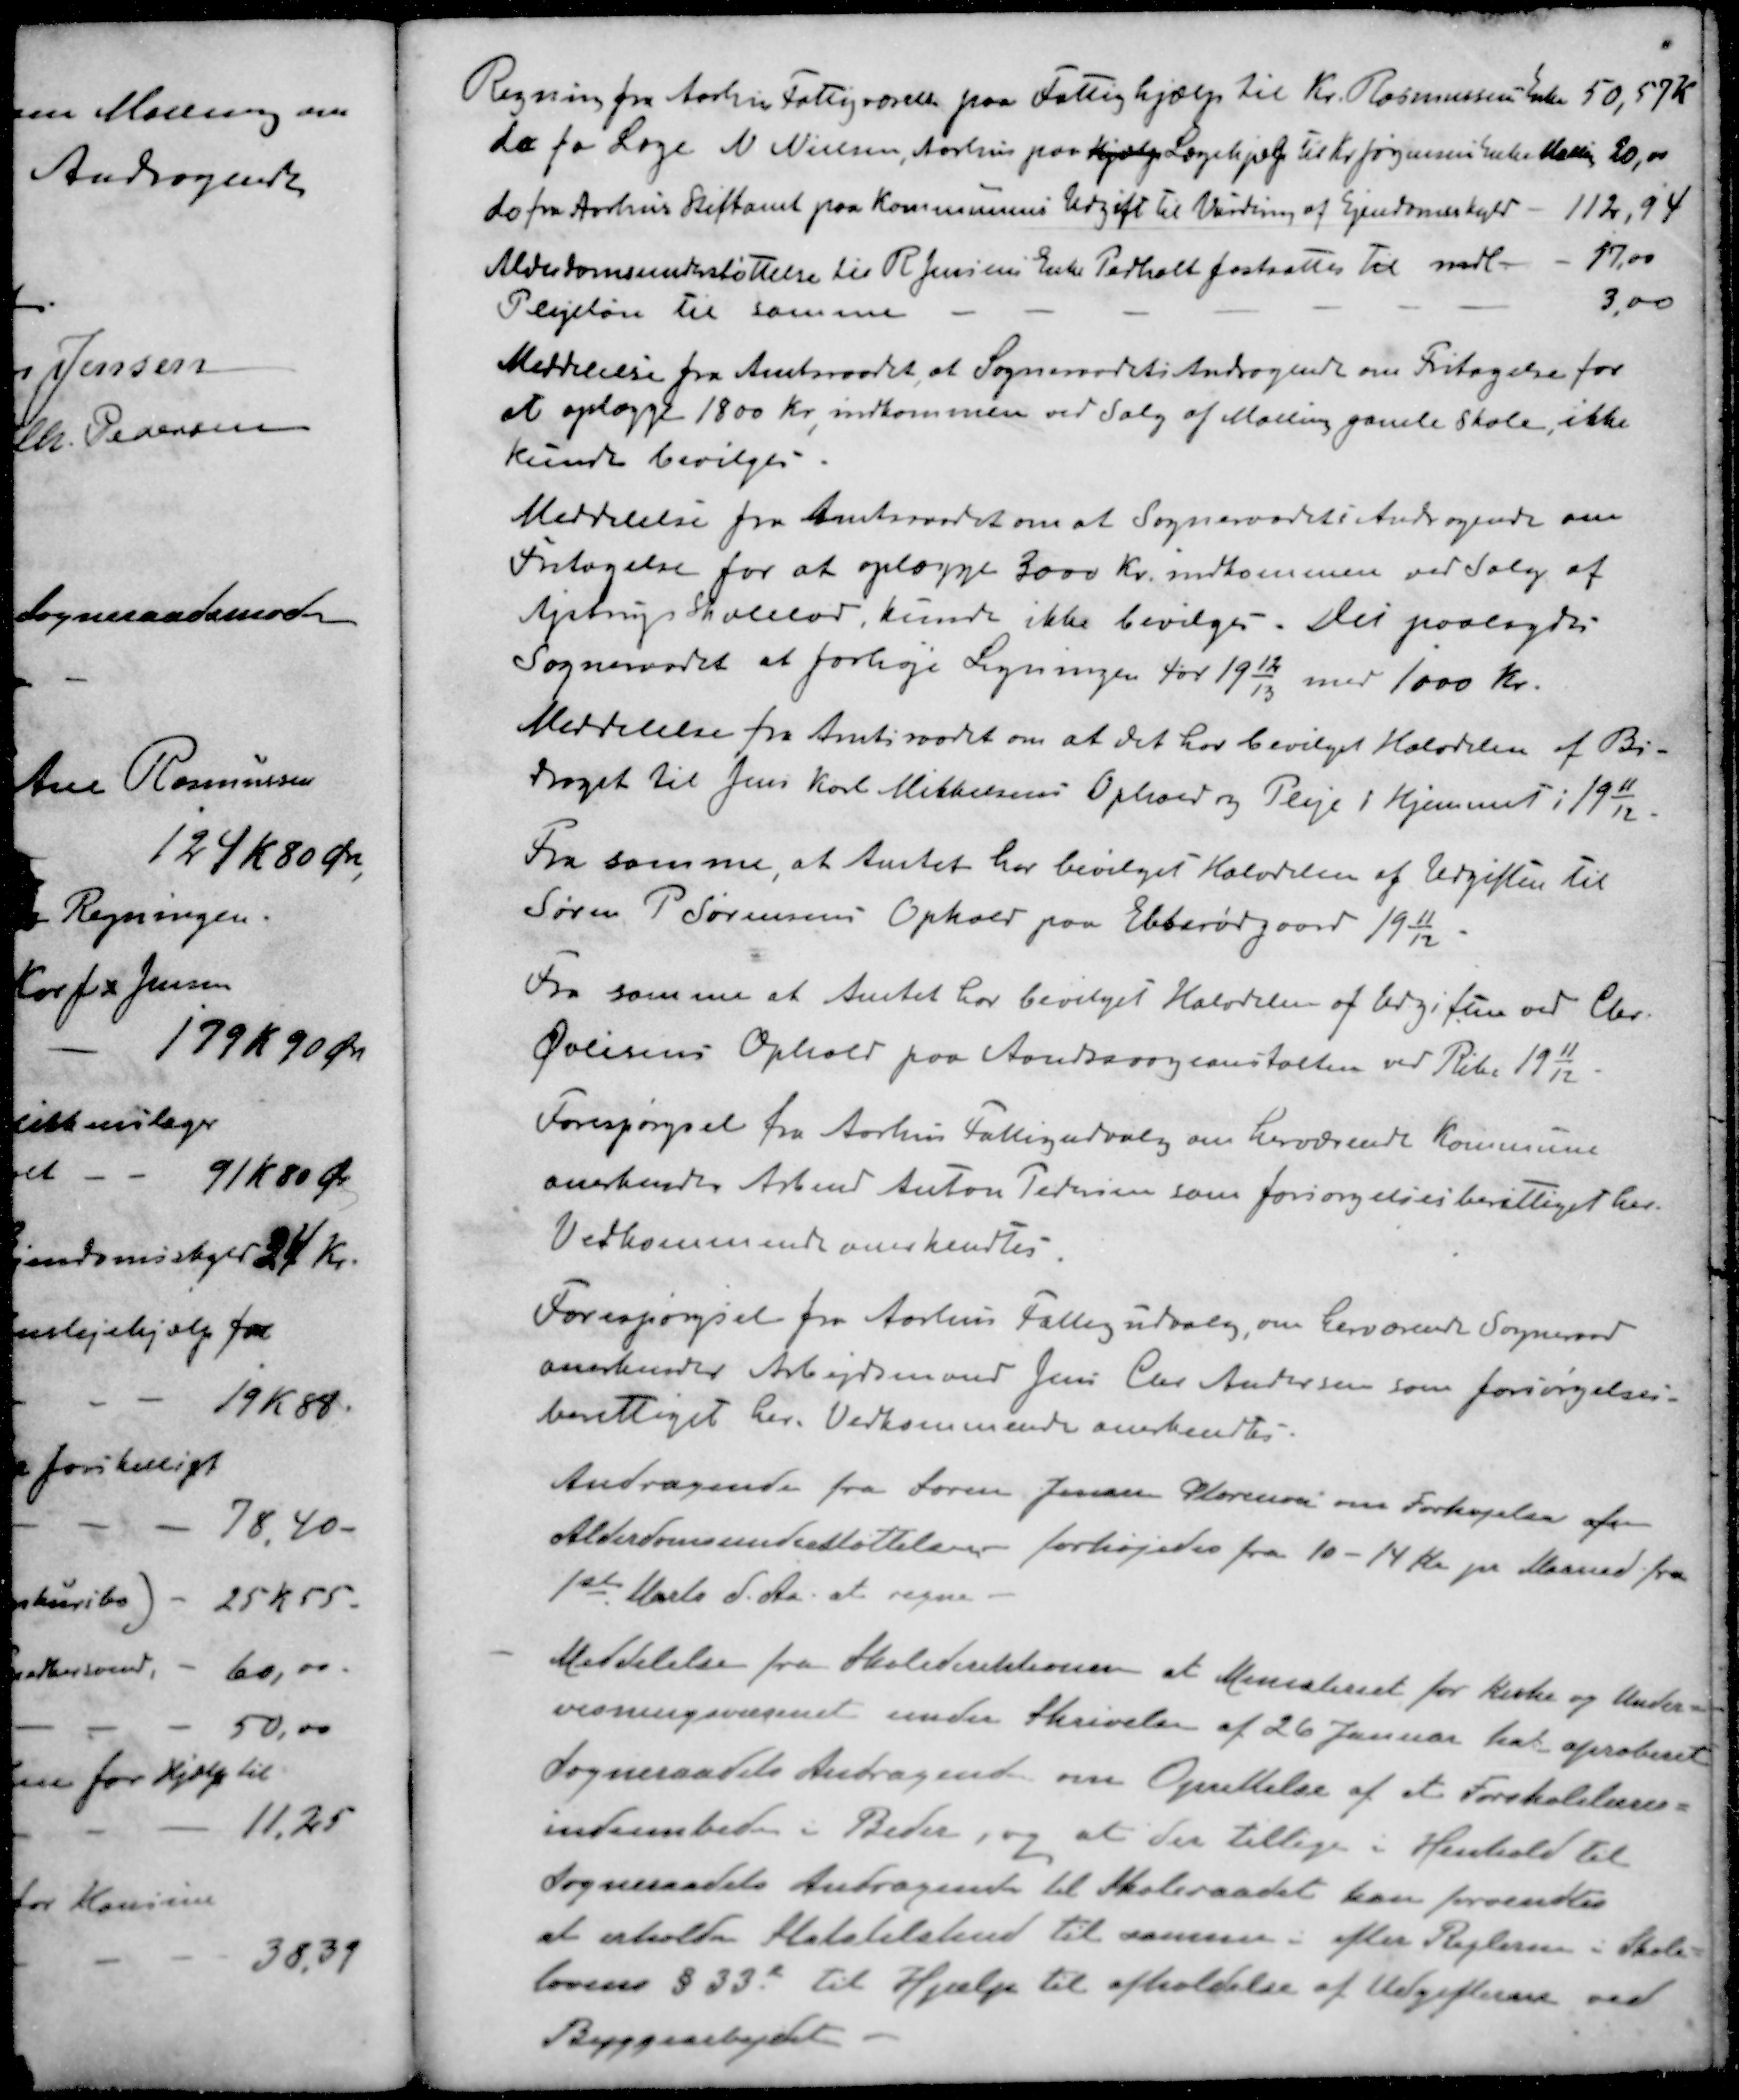
Transskription:
Regning fra Aarhus Fattigvæsen paa Fattighjælp til Kr. Rasmussens Enke 50,57 K
do fra Læge N. Nielsen, Aarhus paa Hjælp Lægehjælp til Kr Jørgensens Enke Malling 20,00
do fra Aarhus Stiftamt paa Kommunens Udgift til Vurdering af Ejendomsskyld - 112,94
Alderdomsunderstøttelse til R Jensens Enke Pedholt fastsættes til mdl. 17,00
Plejeløn til samme
3,00
Meddelelse fra Amtsraadet, at Sogneraadets Andragende om Fritagelse for
at oplægge 1800 Kr., indkommen ved Salg af Malling gamle skole, ikke 
kunde bevilges
Meddelelse fra Amtsraadet om at Sogneraadets Andragende om
Fritagelse for at oplægge 3000 Kr. indkommen ved Salg af
Ajstrups Skolelod, kunde ikke bevilges. Det paalagdes
Sogneraadet at forhøje Ligningen for 1912/13 med 1000 Kr.
Meddelelse fra Amtsraadet om at det har bevilget Halvdelen af Bi-
Traget til Jens Karl Mikkelsens Ophold og Pleje i Hjemmet i 1911/12.
Fra samme, at Amtet har bevilget Halvdelen af Udgiften til
Søren P. Sørensens Ophold paa Ebberødgaard 1911/12
Fra samme at Amtet har bevilget Halvdelen af Udgiften ved Chr.
Øvlisens Ophold paa Aandssvageanstalten ved Ribe 1911/12
Forespørgsel fra Aarhus Fattigudvalg om herværende Kommune
anerkendtes Arbmd Anton Pedersen som forsørgelsesberettiget her.
Vedkommende anskendtes.
Forespørgsel fra Aarhus Fattigudvalg, om herværende Sogneraad
anerkendes Arbejdsmand Jens Chr. Andersen som forsørgelses-
berettiget her. Vedkommende anerkendtes.
Andragende fra Søren Jensen Storenor om Forhøjelse fr
Alderdomsunderstøttelsen forhøjedes fra 10 - 14 Kr pr Maaned fra
1ste Marts d. Aa. at regne.
Meddelelse fra Skoledirektionen at Ministeriet for kirke og Under=
visningsvæsenet under Skrivelse af 26 Januar har aproberet
Sogneraadets Andragende om Oprettelse af et Forskolelærer-
indeembede i Beder, og at der tillige i Henhold til
Sogneraadets Andragende til Skoleraadet kan forvendtes
at erholde Statstilskud til samme i efter Reglerne i Skole
lovens § 33 til Hjælp til afholdelse af Udgifterne ved
Byggearbejdet